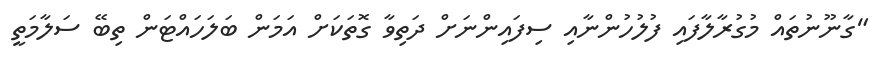
"ގާނޫނުތައް މުގުރާލާފައި ފުލުހުންނާއި ސިފައިންނަށް ދަތިވާ ގޮތަކަށް އަމަން ބަލަހައްޓަން ތިބޭ ސަލާމަތީ